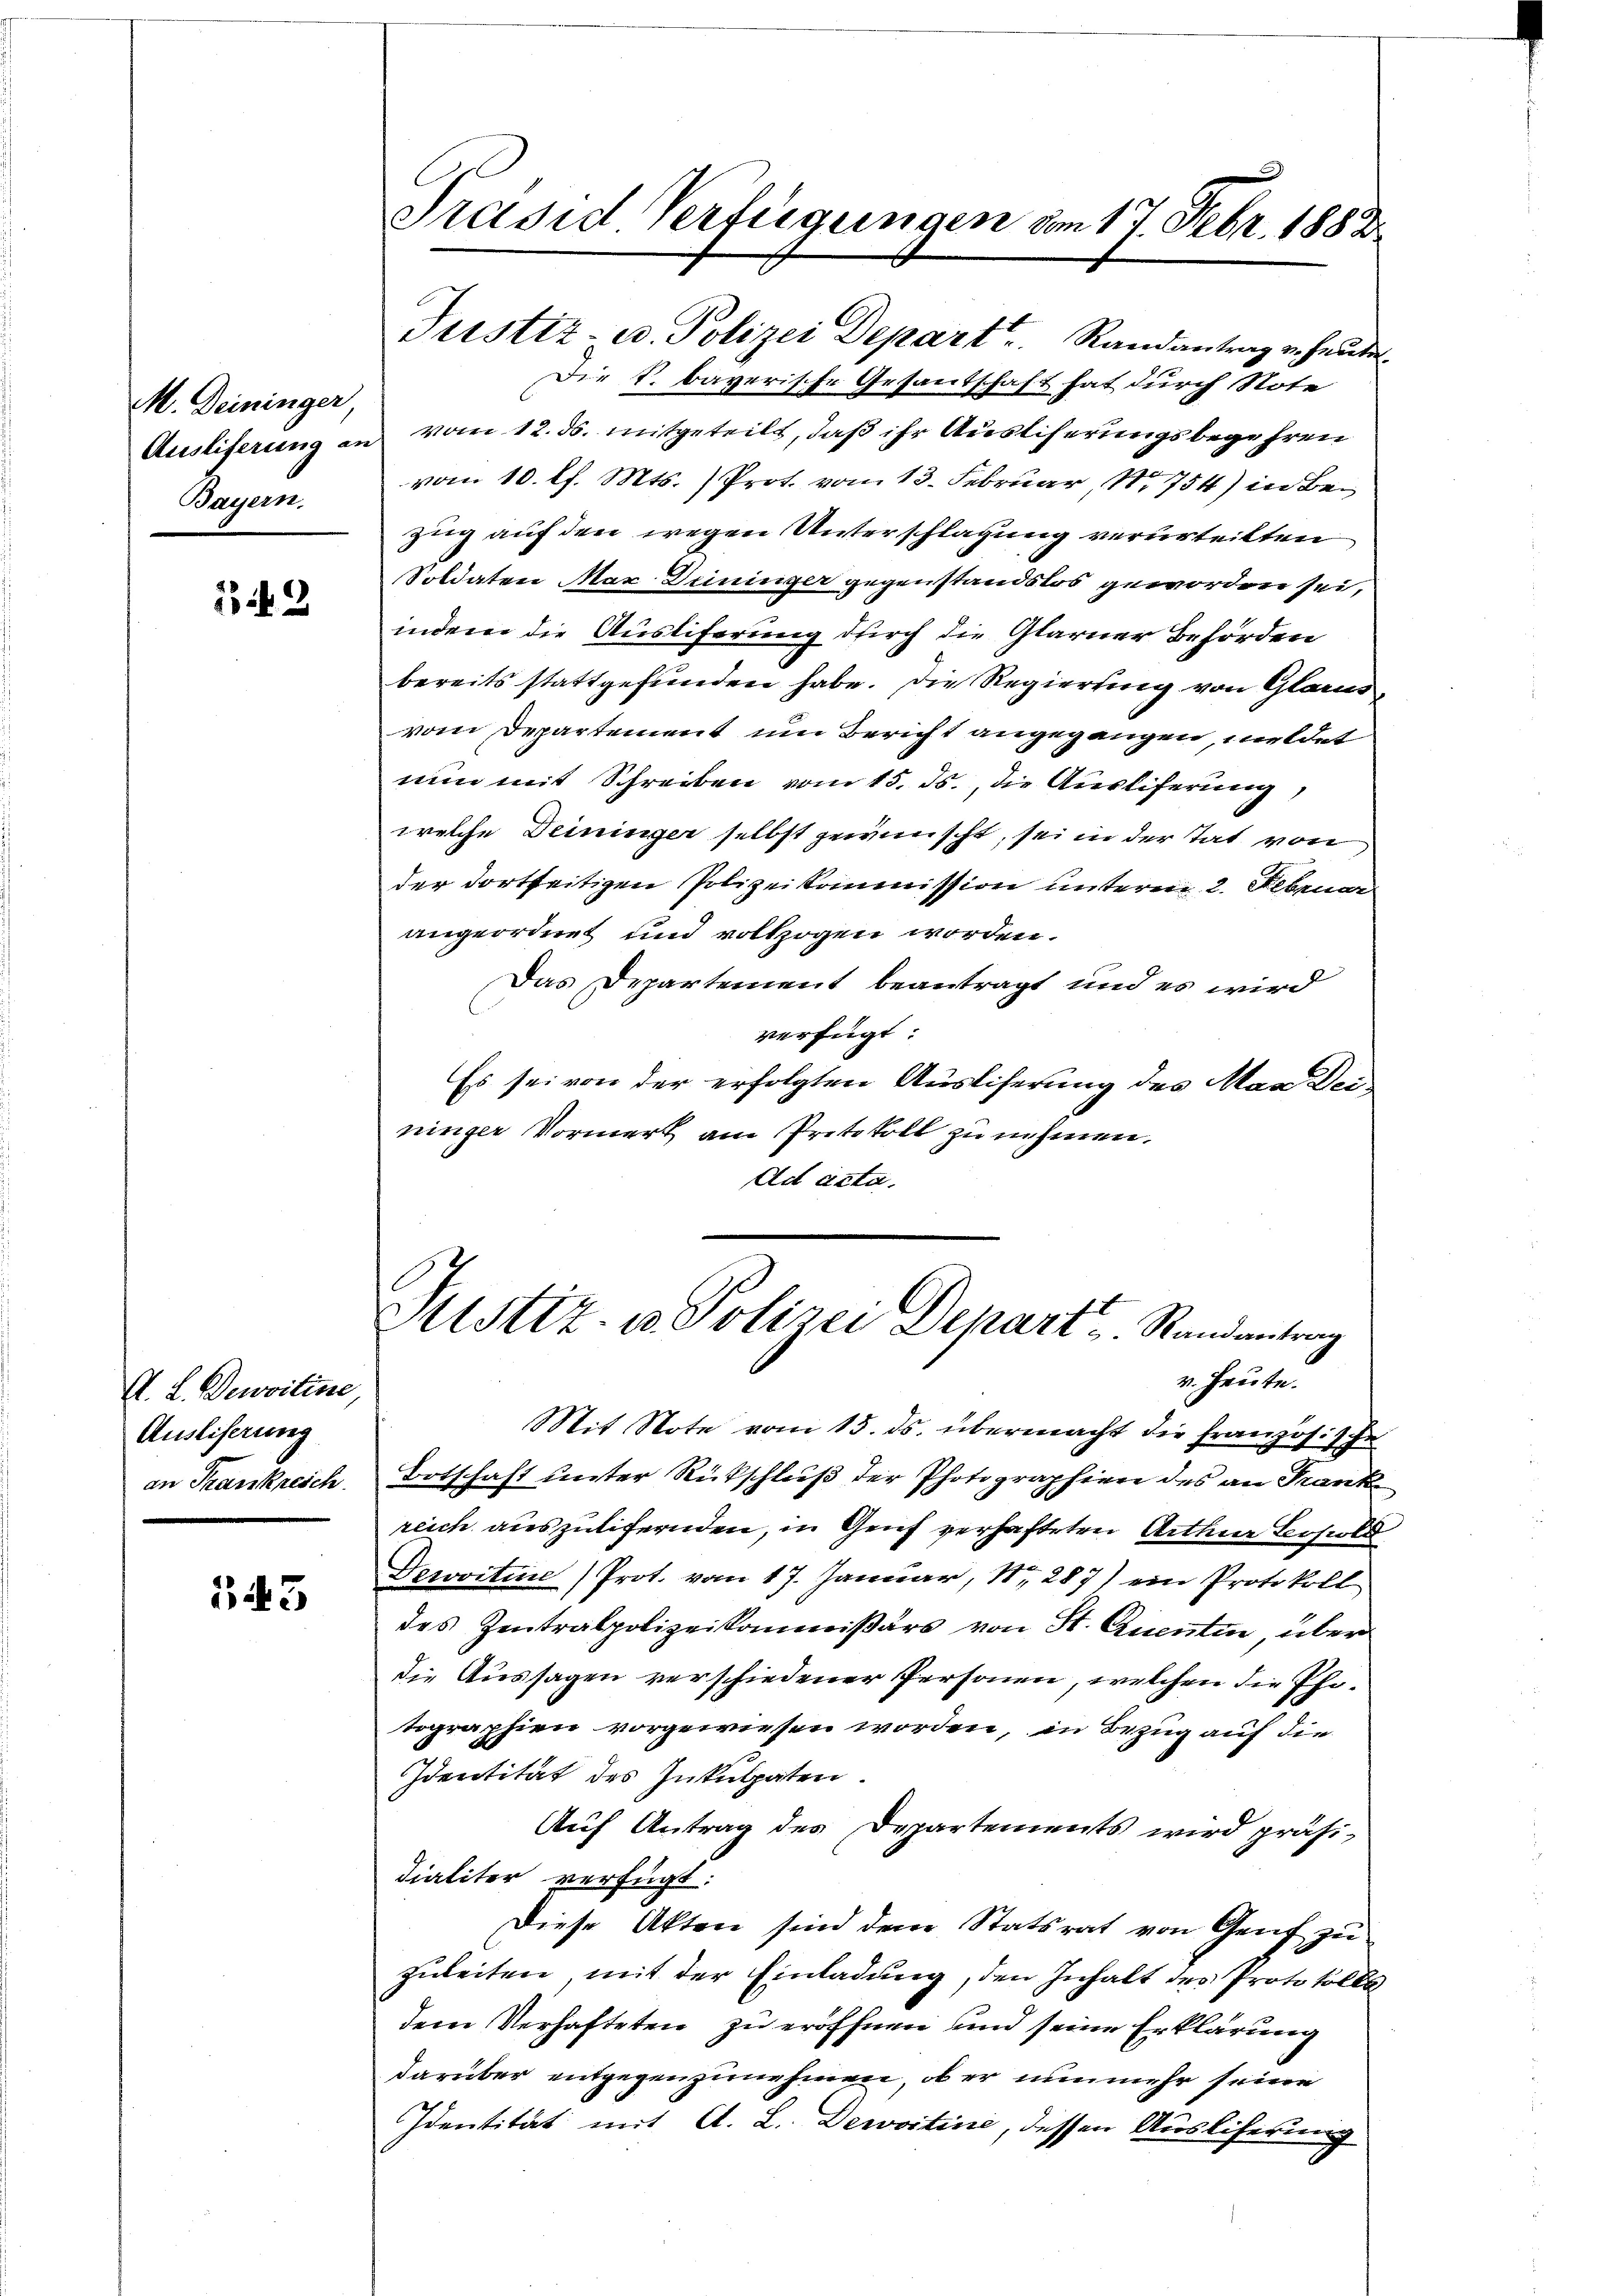
M. Deininger,
Bayern,

2

A. L. Demoitine,
Ausliserung
an Frankreich

343

Justiz- u. Polizei Depart Randantrag er heute.
Die k. bayerische Gesantschaft hat durch Note
Ausliferung an vom 12. ds. mitgeteilt, daß ihr Ausliferungsbegehren
vom 10. d. Mts. ) Prot. vom 13. Februar, No 754) in Bezug auf den wegen Unterschlagung verurteilten
Soldaten Max Duninger gegenstandslos geworden sei,
indem die Ausliferung durch die Glarner Behörden
bereits stattgefunden habe. Die Regierung von Glarus,
vom Departement um Bericht angegangen, meldet
nun mit Schreiben vom 15. ds., die Ausliferung
welche Deininger selbst gewünscht, sei in der Tat von
der dortseitigen Polizeikommission unterm 2. Februar
angeordnet und vollzogen worden.
Das Departement beantragt und es wird
verfügt:
Es sei von der erfolgten Ausliferung des Mag Deininger Vormerk am Protokoll zu nehmen.
Ad acta.

Präsid Verfügungen vom 17. Febr. 1882

Sistiz- u. Polizei Depart Randantrag
v. Heute.

Mit Note vom 15. ds. übermacht die Französische
Botschaft unter Rückschluß der Photographien des an Frank
reich auszulifernden, in Genf verhafteten Arthur Besold
Dewoiture) Prot. vom 17. Januar, 18, 287) ein Protokoll
des Zentralpolizeikommißärs von St. Quenten über
die Aussagen verschiedener Personen, welchen die Phitographien vorgewiesen worden, in Bezug auf die
Identität des Inkulpaten.
Auf Antrag des Departements wird präsi¬
Fialiter verfügt:
Diese Akten sind dem Statsrat von Genf zu
zuleiten, mit der Einladung, den Inhalt des Protokolls
dem Verhafteten zu eröffnen und seine Erklärung
darüber entgegenzunehmen, ob er nunmehr seine
Identität mit A. L. Dewoitine, dessen Ausliferung